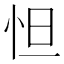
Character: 怛